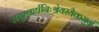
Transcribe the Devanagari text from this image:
समुत्कर्षनिःश्रेयस्यैकमुग्रं